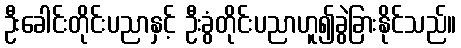
ဦးခေါင်းတိုင်းပညာနှင့် ဦးခွံတိုင်းပညာဟူ၍ခွဲခြားနိုင်သည်။